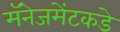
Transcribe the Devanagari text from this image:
मॅनेजमेंटकडे